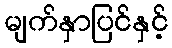
မျက်နှာပြင်နှင့်